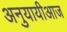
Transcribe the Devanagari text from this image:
अनुयायीआज